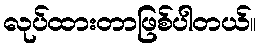
လုပ်ထားတာဖြစ်ပါတယ်။